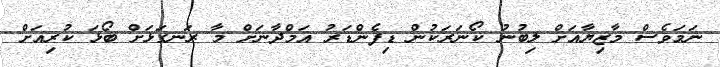
ނަމަވެސް މާޒިޔާއަށް ލިބުނު ކޯނަރަކުން ޑިފެންޑަރު އަމްދާނަށް މާ ރަނގަޅަށް ބޯޅަ ކުރިއަށް